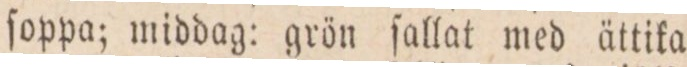
ſoppa; middag: grön ſallat med ättika